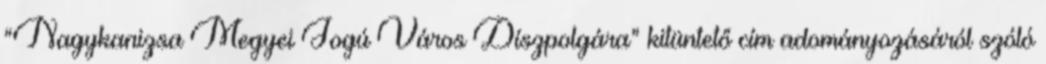
“Nagykanizsa Megyei Jogú Város Díszpolgára” kitüntető cím adományozásáról szóló